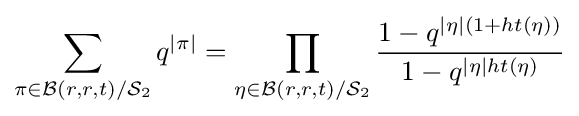
\sum _{\pi \in {\mathcal {B}}(r,r,t)/{\mathcal {S}}_{2}}q^{|\pi |}=\prod _{\eta \in {\mathcal {B}}(r,r,t)/{\mathcal {S}}_{2}}{\frac {1-q^{|\eta |(1+ht(\eta ))}}{1-q^{|\eta |ht(\eta )}}}